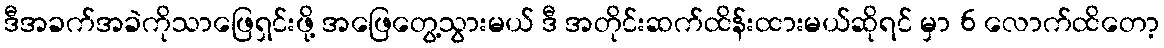
ဒီအခက်အခဲကိုသာဖြေရှင်းဖို့ အဖြေတွေ့သွားမယ် ဒီ အတိုင်းဆက်ထိန်းထားမယ်ဆိုရင် မှာ 6 လောက်ထိတော့